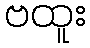
ဗထူး